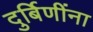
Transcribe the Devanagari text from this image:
दुर्बिणींना